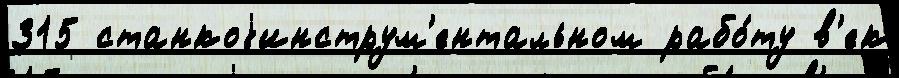
315 станкоjинструм'ентальном рабо́ту в'ек